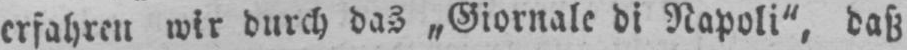
erfahren wir durch das „Giornale di Napoli“, daß